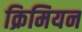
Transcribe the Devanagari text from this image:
क्रिमियन